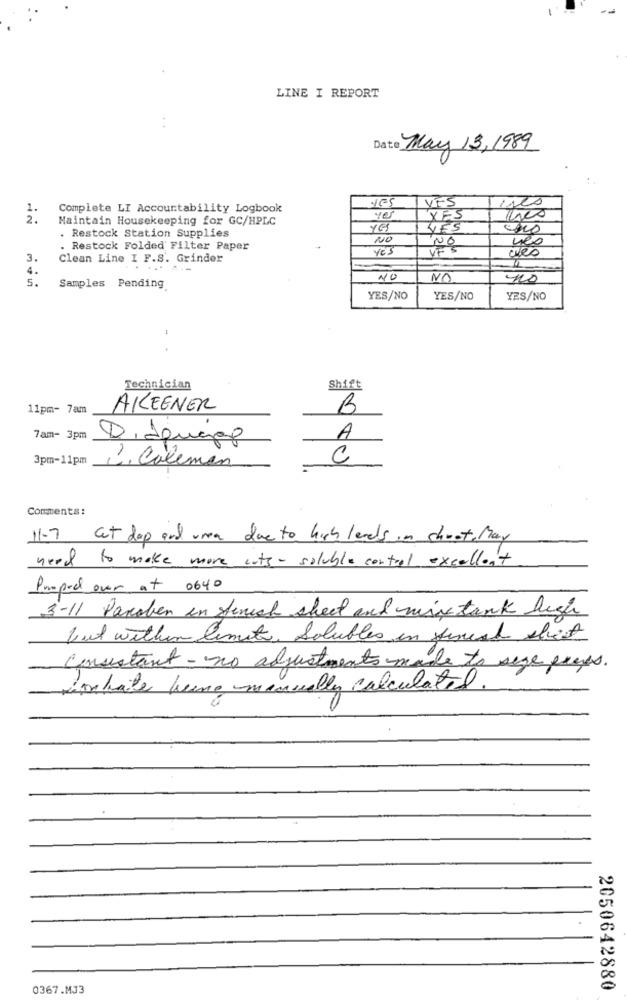
LINE I REPORT
Date May 13,1989
VES
1.
Complete LI Accountability Logbook
ises
2 .
Maintain Housekeeping for GC/HPLC
yes
YES
YES
VES
. Restock Station Supplies
NO
12
nes
. Restock Folded Filter Paper
Yes
YES
wes
3.
Clean Line I F.S. Grinder
4.
5.
NO
NO
400
Samples Pending.
YES/NO
YES/NO
YES/NO
Technician
Shift
11pm- 7am
AKEENER
B
7am- 3pm
Diaguaap
A
3pm-11pm
C
1. Coleman
Comments:
11-7 at dop and urea due to high levels in choet, May
need to make more cuts - soluble control excellent
Pumped over at 0640
3-11 Paraben in Senest sheet and mix tank high
but within limite, Solubles in first street
Consistant - no adjustments made to sage pages.
violate hune manually calculated.
0367.MJ3
2050642880